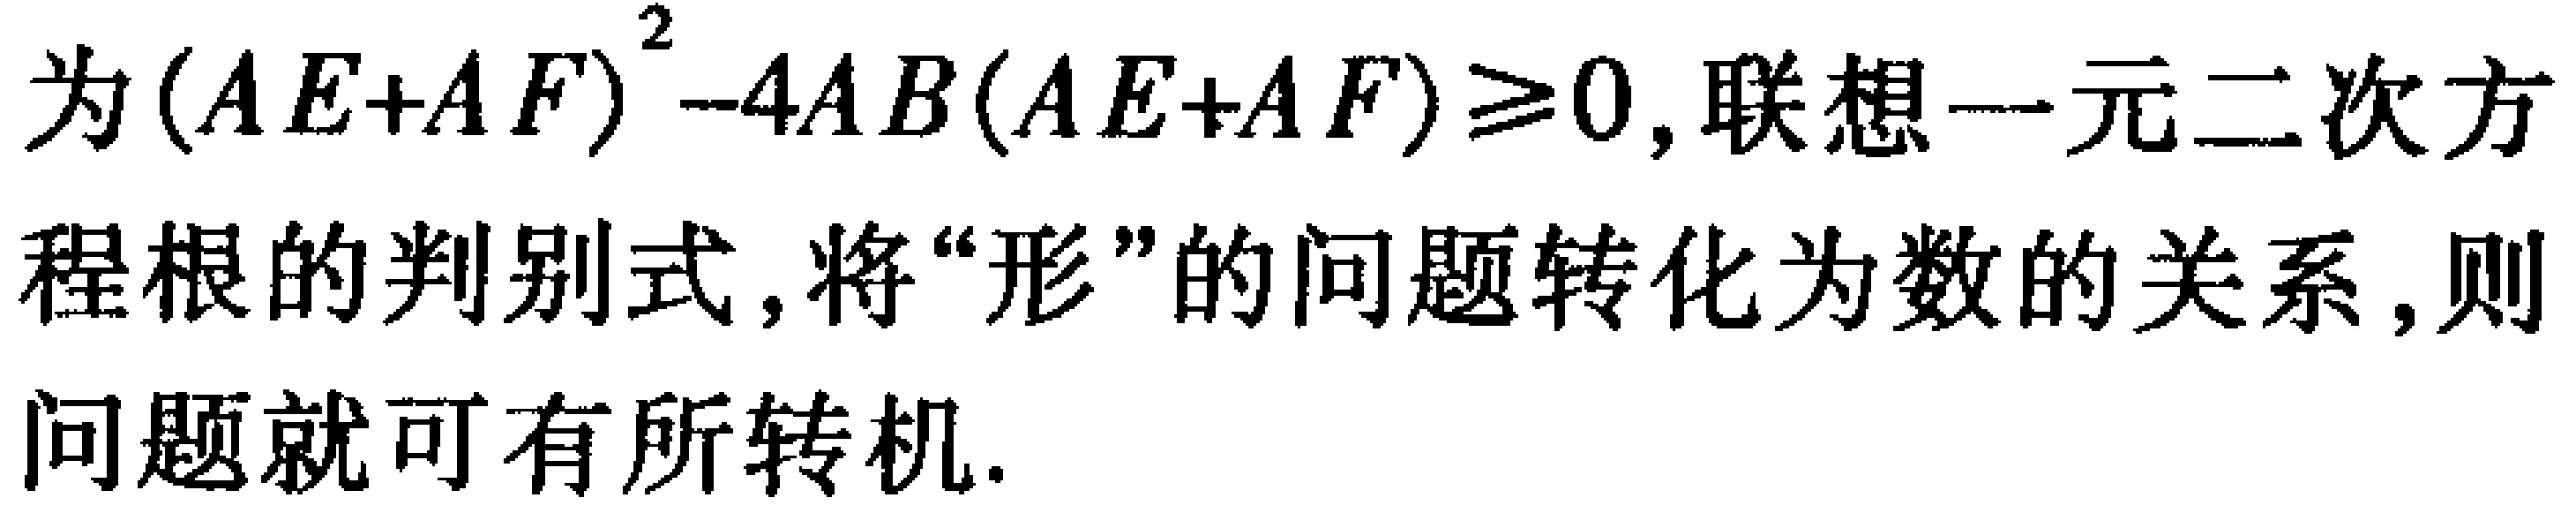
为\((AE + AF)^2 - 4AB(AE + AF)\geq0\)，联想一元二次方程根的判别式，将“形”的问题转化为数的关系，则问题就可有所转机.